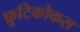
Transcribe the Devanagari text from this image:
फ्रुटिकोकस